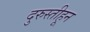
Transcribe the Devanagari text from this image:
दुरुस्तीहून